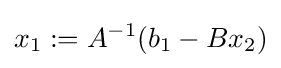
x_{1}:=A^{-1}(b_{1}-Bx_{2})